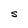
Character: S